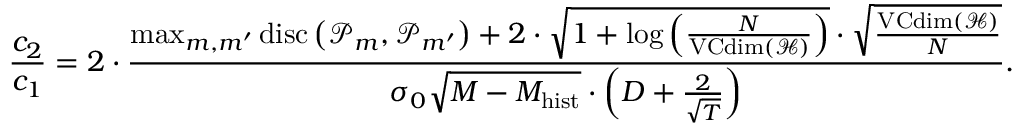
\frac { c _ { 2 } } { c _ { 1 } } = 2 \cdot \frac { \operatorname* { m a x } _ { m , m ^ { \prime } } \mathrm { d i s c } \left( \mathcal { P } _ { m } , \mathcal { P } _ { m ^ { \prime } } \right) + 2 \cdot \sqrt { 1 + \log \left( \frac { N } { \mathrm { V C d i m } \left( \mathcal { H } \right) } \right) } \cdot \sqrt { \frac { \mathrm { V C d i m } \left( \mathcal { H } \right) } { N } } } { \sigma _ { 0 } \sqrt { M - M _ { \mathrm { h i s t } } } \cdot \left( D + \frac { 2 } { \sqrt { T } } \right) } .